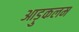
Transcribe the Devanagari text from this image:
आड़ुकलम